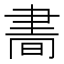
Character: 𦘘